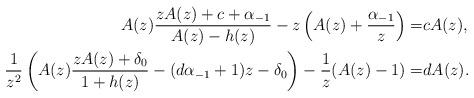
LaTeX: \begin{align*}A(z)\frac{zA(z)+c+\alpha_{-1}}{A(z)-h(z)}-z\left(A(z)+\frac{\alpha_{-1}}{z}\right)=&cA(z),\\\frac{1}{z^2}\left(A(z)\frac{zA(z)+\delta_0}{1+h(z)}-(d\alpha_{-1}+1)z-\delta_0\right)-\frac{1}{z}(A(z)-1)=&dA(z).\end{align*}